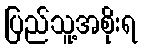
ပြည်သူ့အစိုးရ